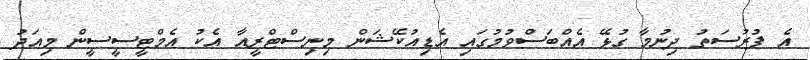
އެ ފުރުސަތު ދިނުމާ ގުޅޭ އެއްބަސްވުމުގައި އެޑިއުކޭޝަން މިނިސްޓްރީއާ އެކު އެމްޓީސީސީން މިއަދު